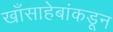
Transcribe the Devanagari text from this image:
खाँसाहेबांकडून